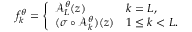
\begin{array} { r } { f _ { k } ^ { \theta } = \left\{ \begin{array} { l l l } { \mathcal { A } _ { L } ^ { \theta } ( z ) } & { k = L , } \\ { ( \sigma \circ \mathcal { A } _ { k } ^ { \theta } ) ( z ) } & { 1 \leq k < L . } \end{array} \right. } \end{array}